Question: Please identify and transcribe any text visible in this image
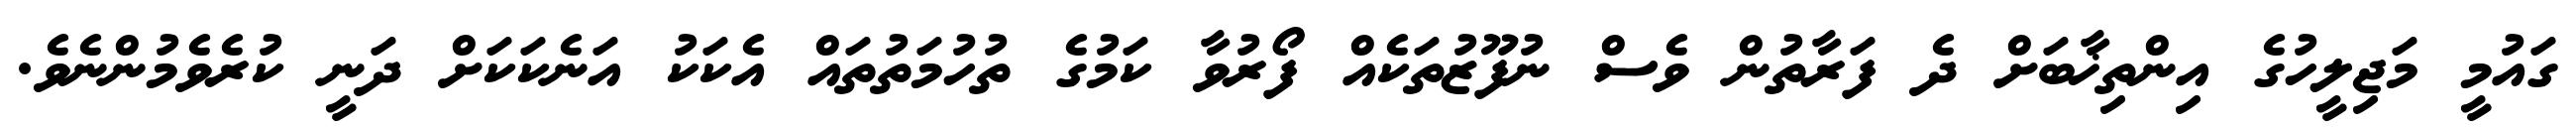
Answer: ގައުމީ މަޖިލީހުގެ އިންތިޚާބަށް ދެ ފަރާތުން ވެސް ނުފޫޒުތަކެއް ފޯރުވާ ކަމުގެ ތުހުމަތުތައް އެކަކު އަނެކަކަށް ދަނީ ކުރެވެމުންނެވެ.